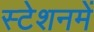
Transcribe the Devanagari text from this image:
स्टेशनमें